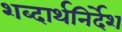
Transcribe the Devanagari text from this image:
शब्दार्थनिर्देश